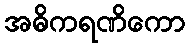
အဓိကရဏိကော